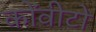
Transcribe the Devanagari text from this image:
कोंवीटो